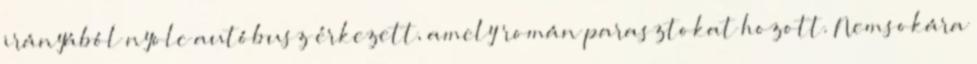
irányából nyolc autóbusz érkezett, amely román parasztokat hozott. Nemsokára